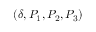
( \delta , P _ { 1 } , P _ { 2 } , P _ { 3 } )